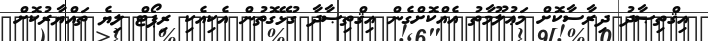
އިޤްތިޞާދު ދިރާސާކޮށް މަޢުލޫމާތު އެއްކޮށްގެން އިޤްތިޞާދާ ގުޅޭގޮތުން އެކިއެކި ރިޕޯޓް ލިޔެ ތައްޔާރުކޮށް